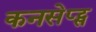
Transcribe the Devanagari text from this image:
कनसेप्ट्स